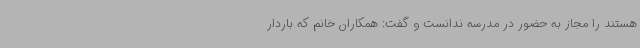
هستند را مجاز به حضور در مدرسه ندانست و گفت: همکاران خانم که باردار